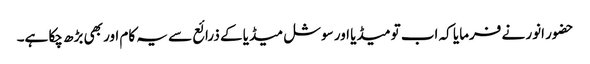
حضور انور نے فرمایا کہ اب تو میڈیا اور سوشل میڈیا کے ذرائع سے یہ کام اور بھی بڑھ چکا ہے۔